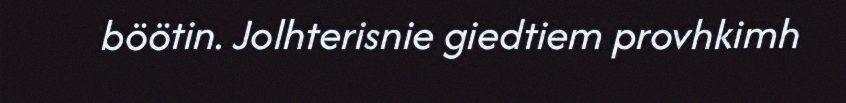
böötin. Jolhterisnie giedtiem provhkimh